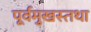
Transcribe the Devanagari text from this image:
पूर्वमुखस्तथा